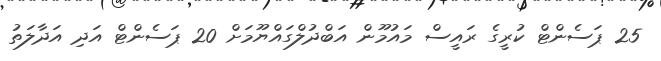
25 ޕަސެންޓް ކުރީގެ ރައީސް މައުމޫން އަބްދުލްގައްޔޫމަށް 20 ޕަސެންޓް އަދި އަދާލަތު